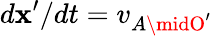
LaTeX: d\mathbf{x}^{\prime}/dt=v_{A\midO^{\prime}}